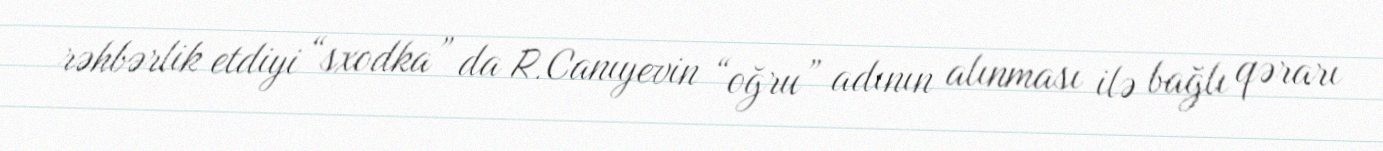
rəhbərlik etdiyi “sxodka” da R.Canıyevin “oğru” adının alınması ilə bağlı qərarı